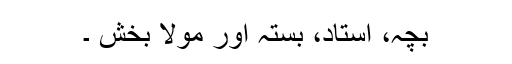
بچہ، استاد، بستہ اور مولا بخش ۔